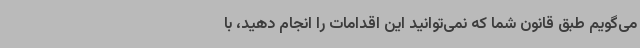
می‌گویم طبق قانون شما که نمی‌توانید این اقدامات را انجام دهید، با